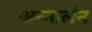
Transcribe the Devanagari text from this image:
अन्नालेन